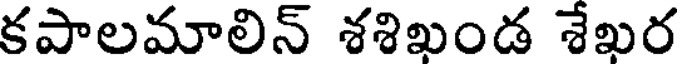
కపాలమాలిన్ శశిఖండ శేఖర